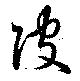
陂